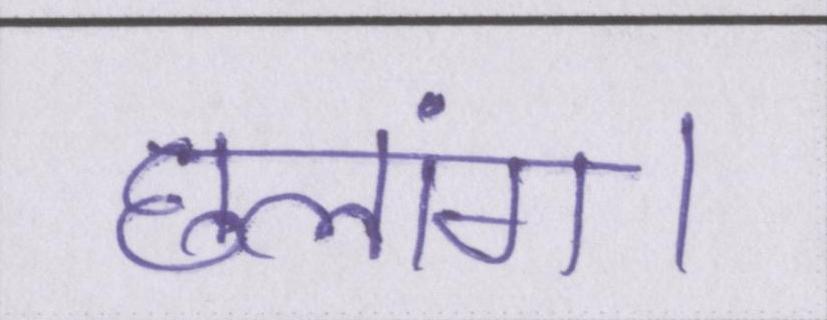
छलांग।